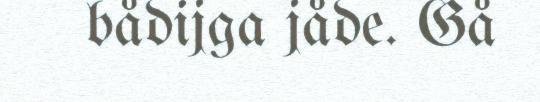
bådijga jåde. Gå